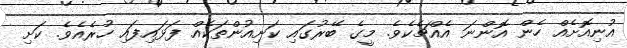
އުނިއޮށެއް ހެން އޮންނަ އެއްޗެކެވެ. މީގެ ބޭރުގައި ކަށިއުންތަކެއް ފަޅައިފައި ހުރެއެވެ. ކަށި